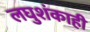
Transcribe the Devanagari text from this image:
लघुशंकाही